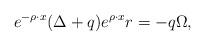
LaTeX: \begin{align*}e^{-\rho \cdot x}(\Delta + q)e^{\rho\cdot x}r=-q \Omega,\end{align*}